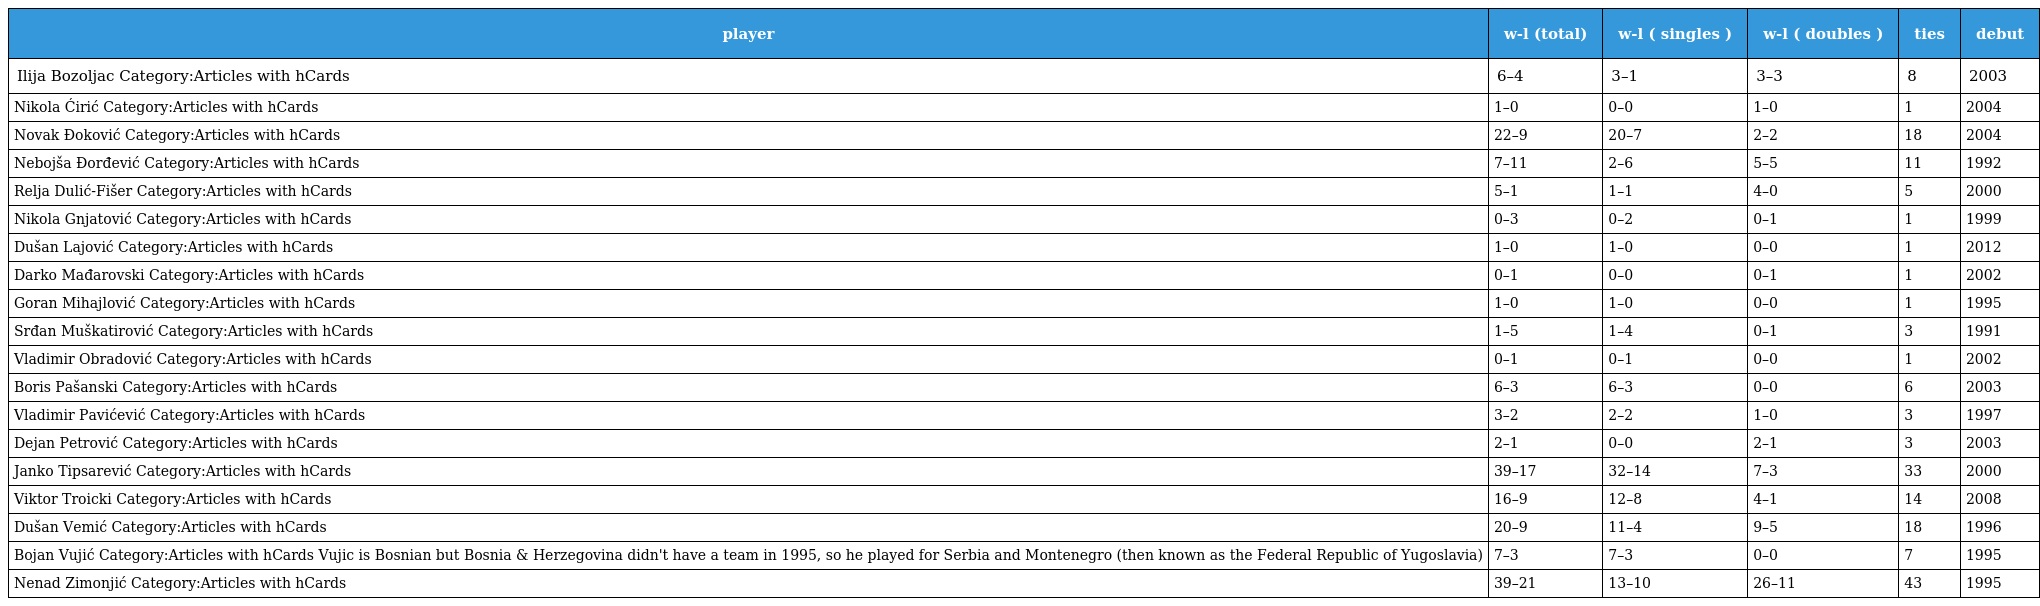
| player | w-l (total) | w-l ( singles ) | w-l ( doubles ) | ties | debut |
 | --- | --- | --- | --- | --- | --- |
 | Ilija Bozoljac Category:Articles with hCards | 6–4 | 3–1 | 3–3 | 8 | 2003 |
 | Nikola Ćirić Category:Articles with hCards | 1–0 | 0–0 | 1–0 | 1 | 2004 |
 | Novak Đoković Category:Articles with hCards | 22–9 | 20–7 | 2–2 | 18 | 2004 |
 | Nebojša Đorđević Category:Articles with hCards | 7–11 | 2–6 | 5–5 | 11 | 1992 |
 | Relja Dulić-Fišer Category:Articles with hCards | 5–1 | 1–1 | 4–0 | 5 | 2000 |
 | Nikola Gnjatović Category:Articles with hCards | 0–3 | 0–2 | 0–1 | 1 | 1999 |
 | Dušan Lajović Category:Articles with hCards | 1–0 | 1–0 | 0–0 | 1 | 2012 |
 | Darko Mađarovski Category:Articles with hCards | 0–1 | 0–0 | 0–1 | 1 | 2002 |
 | Goran Mihajlović Category:Articles with hCards | 1–0 | 1–0 | 0–0 | 1 | 1995 |
 | Srđan Muškatirović Category:Articles with hCards | 1–5 | 1–4 | 0–1 | 3 | 1991 |
 | Vladimir Obradović Category:Articles with hCards | 0–1 | 0–1 | 0–0 | 1 | 2002 |
 | Boris Pašanski Category:Articles with hCards | 6–3 | 6–3 | 0–0 | 6 | 2003 |
 | Vladimir Pavićević Category:Articles with hCards | 3–2 | 2–2 | 1–0 | 3 | 1997 |
 | Dejan Petrović Category:Articles with hCards | 2–1 | 0–0 | 2–1 | 3 | 2003 |
 | Janko Tipsarević Category:Articles with hCards | 39–17 | 32–14 | 7–3 | 33 | 2000 |
 | Viktor Troicki Category:Articles with hCards | 16–9 | 12–8 | 4–1 | 14 | 2008 |
 | Dušan Vemić Category:Articles with hCards | 20–9 | 11–4 | 9–5 | 18 | 1996 |
 | Bojan Vujić Category:Articles with hCards Vujic is Bosnian but Bosnia & Herzegovina didn't have a team in 1995, so he played for Serbia and Montenegro (then known as the Federal Republic of Yugoslavia) | 7–3 | 7–3 | 0–0 | 7 | 1995 |
 | Nenad Zimonjić Category:Articles with hCards | 39–21 | 13–10 | 26–11 | 43 | 1995 |